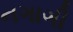
નગાગી